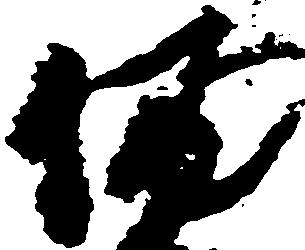
備